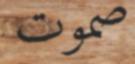
صموت